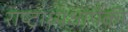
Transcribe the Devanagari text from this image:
राष्ट्राध्यक्षांपैकी